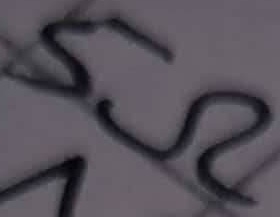
Text: 5Ω